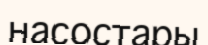
насостары